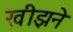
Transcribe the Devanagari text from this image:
खीझने